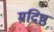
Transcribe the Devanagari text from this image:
म्रदिष्ठ